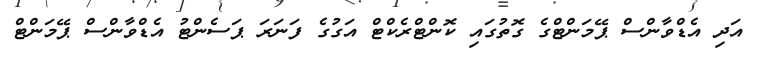
އަދި އެޑްވާންސް ޕޭމަންޓްގެ ގޮތުގައި ކޮންޓްރެކްޓް އަގުގެ ފަނަރަ ޕަސެންޓު އެޑްވާންސް ޕޭމަންޓް